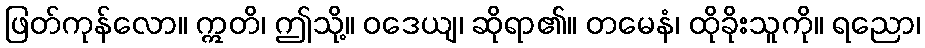
ဖြတ်ကုန်လော။ ဣတိ၊ ဤသို့။ ဝဒေယျ၊ ဆိုရာ၏။ တမေနံ၊ ထိုခိုးသူကို။ ရညော၊